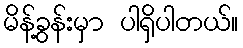
မိန့်ခွန်းမှာ ပါရှိပါတယ်။